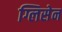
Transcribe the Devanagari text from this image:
ग्लिसेन